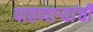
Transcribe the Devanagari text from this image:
पाहणाऱ्यांची